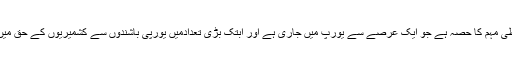
یہ تین روزہ مہم کشمیرکونسل یورپ (ای یو) کی ایک ملین دستخطی مہم کا حصہ ہے جو ایک عرصے سے یورپ میں جاری ہے اور ابتک بڑی تعدادمیں یورپی باشندوں سے کشمیریوں کے حق میں اوران کے حقوق کی پامالی کے خلاف دستخط لئے جاچکے ہیں۔